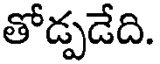
తోడ్పడేది.